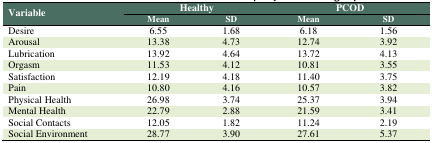
<table><thead><tr><td rowspan="3"><b>Variable</b></td><td colspan="2"><b>Healthy</b></td><td colspan="2"><b>PCOD</b></td></tr><tr><td><b>Mean</b></td><td><b>SD</b></td><td><b>Mean</b></td><td><b>SD</b></td></tr></thead><tbody><tr><td>Desire</td><td>6.55</td><td>1.68</td><td>6.18</td><td>1.56</td></tr><tr><td>Arousal</td><td>13.38</td><td>4.73</td><td>12.74</td><td>3.92</td></tr><tr><td>Lubrication</td><td>13.92</td><td>4.64</td><td>13.72</td><td>4.13</td></tr><tr><td>Orgasm</td><td>11.53</td><td>4.12</td><td>10.81</td><td>3.55</td></tr><tr><td>Satisfaction</td><td>12.19</td><td>4.18</td><td>11.40</td><td>3.75</td></tr><tr><td>Pain</td><td>10.80</td><td>4.16</td><td>10.57</td><td>3.82</td></tr><tr><td>Physical Health</td><td>26.98</td><td>3.74</td><td>25.37</td><td>3.94</td></tr><tr><td>Mental Health</td><td>22.79</td><td>2.88</td><td>21.59</td><td>3.41</td></tr><tr><td>Social Contacts</td><td>12.05</td><td>1.82</td><td>11.24</td><td>2.19</td></tr><tr><td>Social Environment</td><td>28.77</td><td>3.90</td><td>27.61</td><td>5.37</td></tr></tbody></table>